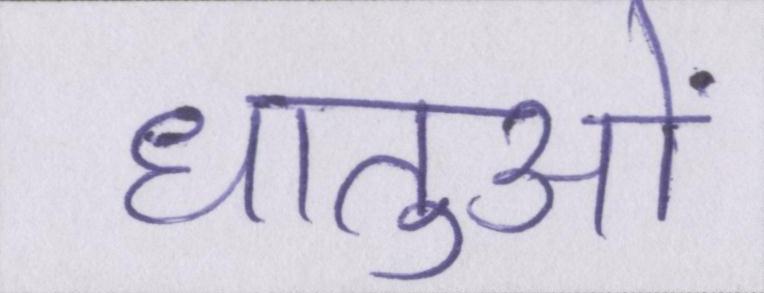
धातुओं